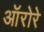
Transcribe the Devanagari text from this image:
ऑरोरे